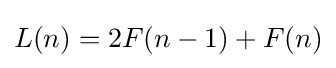
L(n)=2F(n-1)+F(n)